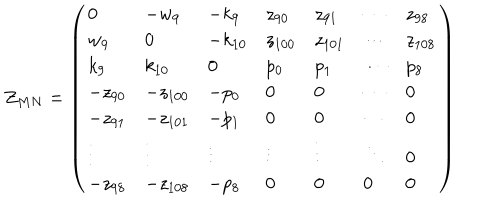
LaTeX: Z _ { M N } = \left( \begin{array} { l l l l l l l } { { 0 } } & { { - w _ { 9 } } } & { { - k _ { 9 } } } & { { z _ { 9 0 } } } & { { z _ { 9 1 } } } & { { \cdots } } & { { z _ { 9 8 } } } \\ { { w _ { 9 } } } & { { 0 } } & { { - k _ { 1 0 } } } & { { z _ { 1 0 0 } } } & { { z _ { 1 0 1 } } } & { { \cdots } } & { { z _ { 1 0 8 } } } \\ { { k _ { 9 } } } & { { k _ { 1 0 } } } & { { 0 } } & { { p _ { 0 } } } & { { p _ { 1 } } } & { { \cdots } } & { { p _ { 8 } } } \\ { { - z _ { 9 0 } } } & { { - z _ { 1 0 0 } } } & { { - p _ { 0 } } } & { { 0 } } & { { 0 } } & { { \cdots } } & { { 0 } } \\ { { - z _ { 9 1 } } } & { { - z _ { 1 0 1 } } } & { { - p _ { 1 } } } & { { 0 } } & { { 0 } } & { { \cdots } } & { { 0 } } \\ { { \vdots } } & { { \vdots } } & { { \vdots } } & { { \vdots } } & { { \vdots } } & { { \ddots } } & { { 0 } } \\ { { - z _ { 9 8 } } } & { { - z _ { 1 0 8 } } } & { { - p _ { 8 } } } & { { 0 } } & { { 0 } } & { { 0 } } & { { 0 } } \\ \end{array} \right)